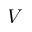
V